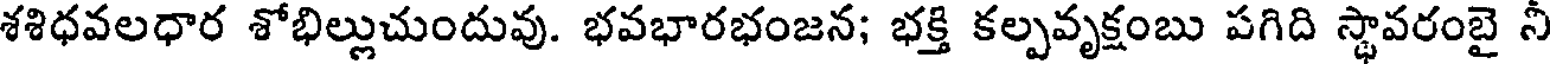
శశిధవలధార శోభిల్లుచుందువు. భవభారభంజన; భక్తి కల్పవృక్షంబు పగిది స్థావరంబై నీ